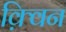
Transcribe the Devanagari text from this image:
क़्विन